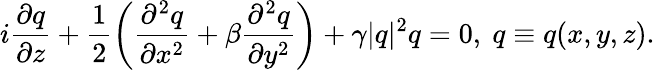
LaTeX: i\frac{\partial q}{\partial z}+\frac{1}{2}\bigg(\frac{\partial^{2}q}{\partial x^{2}}+\beta\frac{\partial^{2}q}{\partial y^{2}}\bigg)+\gamma\lvert q\rvert^{2}q=0,~q\equiv q(x,y,z).